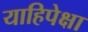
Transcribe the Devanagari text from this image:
याहिपेक्षा